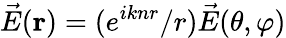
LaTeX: \vec{E}(\textbf{r})=(e^{iknr}/r)\vec{E}(\theta,\varphi)